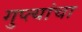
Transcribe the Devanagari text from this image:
गुप्त्यांचा